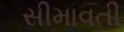
સીમાવતી